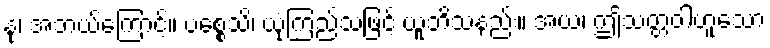
နု၊ အဘယ်ကြောင့်။ ပစ္စေသိ၊ ယုံကြည်သဖြင့် ယူဘိသနည်း။ အယံ၊ ဤသတ္တဝါဟူသော